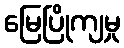
မြေပြိုကျမှု